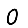
Digit: 0